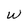
Character: W